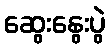
ဆွေးနွေးပွဲ